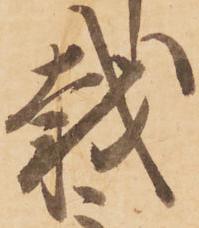
載